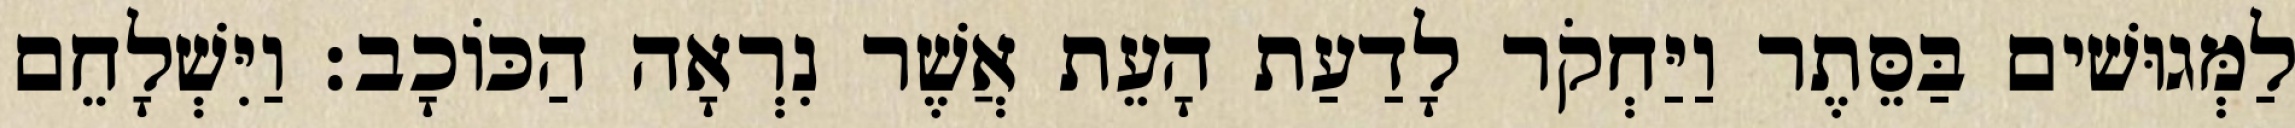
לַמְּגוּשׁים בַּסֵּתֶר וַיַּחְקֹר לָדַעַת הָעֵת אֲשֶׁר נִרְאָה הַכּוֹכָב׃ וַיִּשְׁלָחֵם